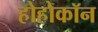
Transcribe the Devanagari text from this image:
होहोकॉन